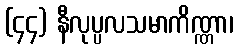
(၄၄) နီလုပ္ပလသမာကိဏ္ဏာ၊